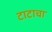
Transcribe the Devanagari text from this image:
टाटाचा